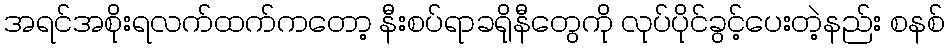
အရင်အစိုးရလက်ထက်ကတော့ နီးစပ်ရာခရိုနီတွေကို လုပ်ပိုင်ခွင့်ပေးတဲ့နည်း စနစ်